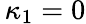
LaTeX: \, \kappa_{1}=0